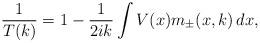
LaTeX: \begin{align*}\frac{1}{T(k)}=1-\frac{1}{2ik}\int V(x)m_{\pm}(x,k)\,dx, \end{align*}